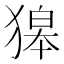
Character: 獆